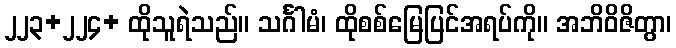
၂၂၃+၂၂၄+ ထိုသူရဲသည်။ သင်္ဂါမံ၊ ထိုစစ်မြေပြင်အရပ်ကို။ အဘိဝိဇိတွာ၊